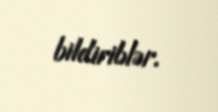
bildiriblər.